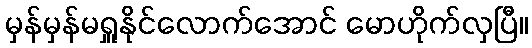
မှန်မှန်မရှူနိုင်လောက်အောင် မောဟိုက်လှပြီ။